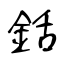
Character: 銛